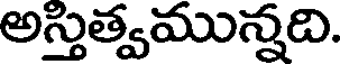
అస్తుత్వమున్నది.